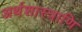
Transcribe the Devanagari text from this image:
अर्थशास्त्राणि